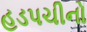
હડપચીનો